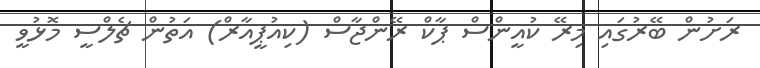
ރަށުން ބޭރުގައި މިރޭ ކުއީންސް ޕާކް ރޭންޖާސް (ކިއުޕީއާރް) އަތުން ޗެލްސީ މޮޅުވީ